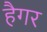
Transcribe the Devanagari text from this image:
हैगर